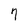
Character: 7